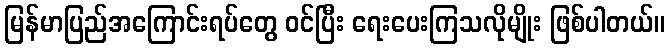
မြန်မာပြည်အကြောင်းရပ်တွေ ဝင်ပြီး ရေးပေးကြသလိုမျိုး ဖြစ်ပါတယ်။